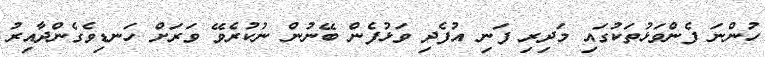
ހުންނަ ފެންވަޅުތަކުގައި މަދިރި ފަނި އުފެދި ވަޅުފެން ބޭނުން ނުކުރެވޭ ވަރަށް ހަނޑިވެގެންދާއިރު